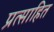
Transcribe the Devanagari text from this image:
प्रत्साहित